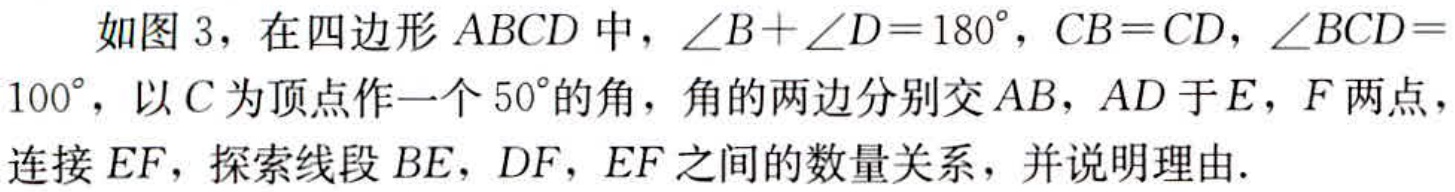
如图 3，在四边形 \(ABCD\) 中，\(\angle B+\angle D = 180^{\circ}\)，\(CB = CD\)，\(\angle BCD = 100^{\circ}\)，以 \(C\) 为顶点作一个 \(50^{\circ}\) 的角，角的两边分别交 \(AB\)，\(AD\) 于 \(E\)，\(F\) 两点，连接 \(EF\)，探索线段 \(BE\)，\(DF\)，\(EF\) 之间的数量关系，并说明理由.